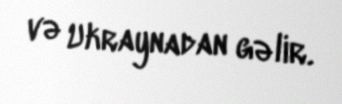
və Ukraynadan gəlir.